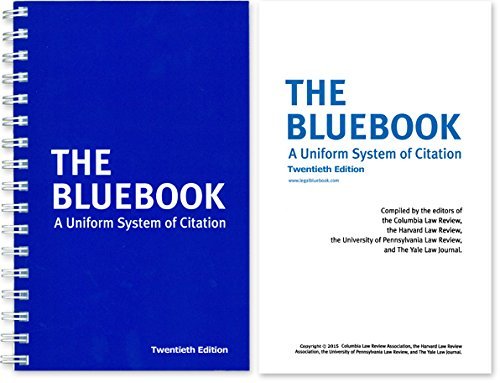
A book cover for The Bluebook: A Uniform System of Citation; Law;